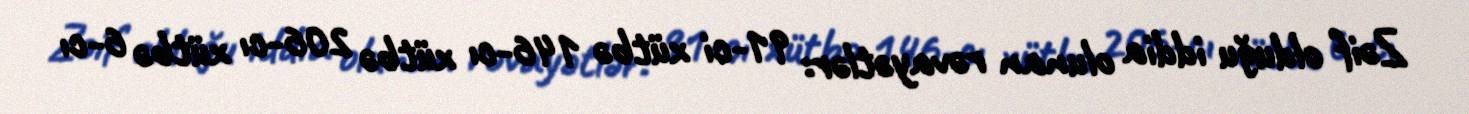
Zəif olduğu iddia olunan rəvayətlər: 91-ci xütbə 146-cı xütbə 206-cı xütbə 6-cı